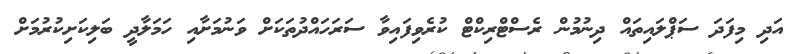
އަދި މިފަދަ ސަޕްލައިތައް ދިނުމުން ރެސްޓްރިކްޓް ކުރެވިފައިވާ ސަރަހައްދުތަކަށް ވަނުމަށާއި ހަމަލާދީ ބަލިކަށިކުރުމަށް